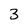
Character: 3